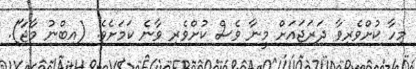
މިހާ ކުށްވެރިވާ ދަރަޖައަށް މީނާ ވެސް ކުށްވެރި ވާނެ ކަމަށެވެ. (އިބްނު މާޖާ).